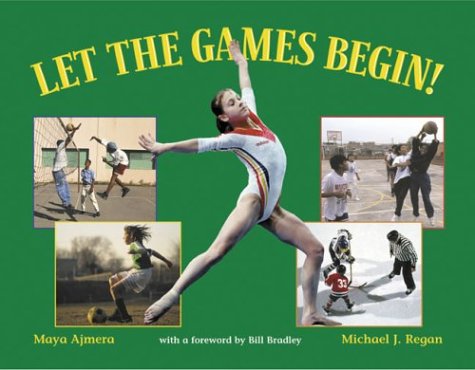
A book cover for Let the Games Begin!; Maya Ajmera; Children's Books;